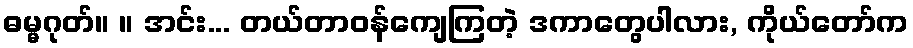
ဓမ္မဂုတ်။ ။ အင်း... တယ်တာဝန်ကျေကြတဲ့ ဒကာတွေပါလား, ကိုယ်တော်က